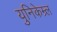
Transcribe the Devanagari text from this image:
युनिकेम्र्ल